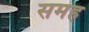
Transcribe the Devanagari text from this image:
समह